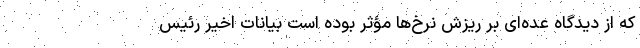
که از دیدگاه عده‌ای بر ریزش نرخ‌ها مؤثر بوده است بیانات اخیر رئیس